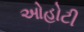
ઓહોટી